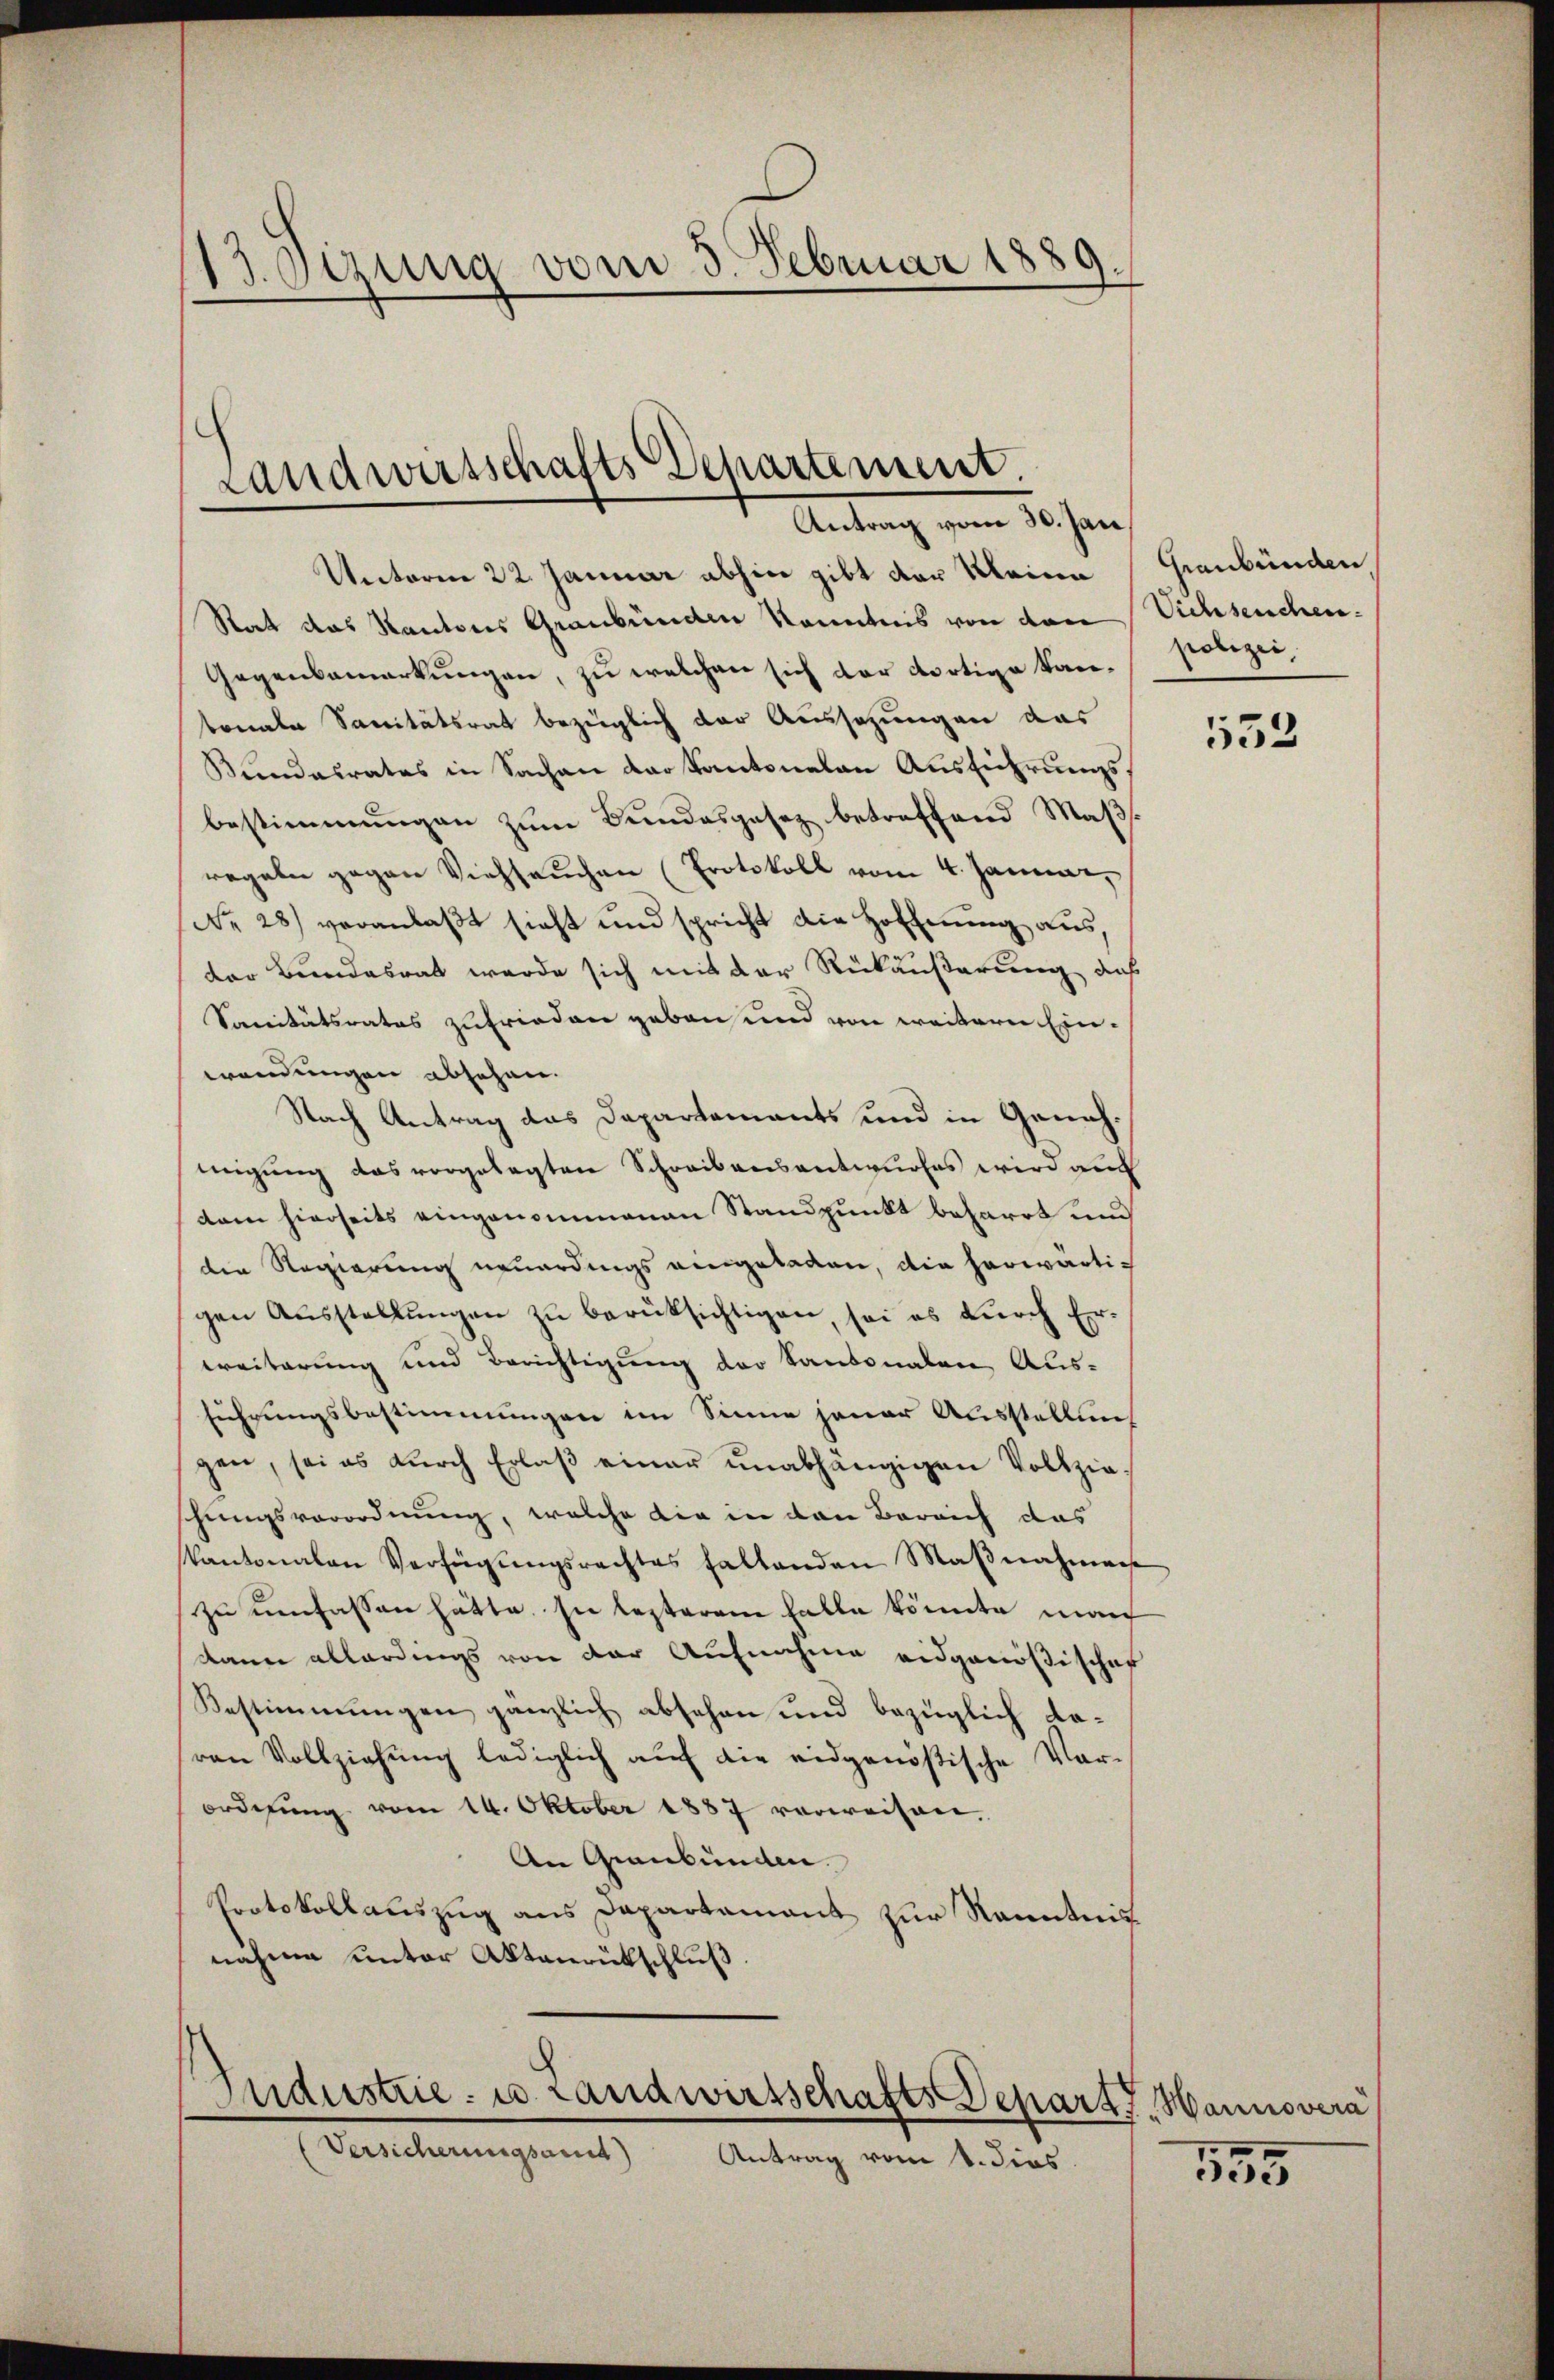
1.Otzung vom 3. Februar 1889.

Landwirtschafts Departement.
Antung vom 20sten,

Unterm 22. Januar abhin gibt der Kleine Graubünden
Rat das Kantons Graubünden Kenntnis von den Viehseuchen¬
Gegenbemerkungen, zu welchen sich der dortige Kantonale Sanitätsrat bezüglich der Aussezungen das
Bundesrates in Sachen der Kantonalen Ausführungsbestimmungen zŭm Bŭndesgesetz betreffend Maßregeln gegen Viehseuchen (Protokoll vom 4. Januar,
(No 28) veranlaßt sieht und spricht die Hoffnung aus,
der Bundesrat werde sich mit der Rückäußerung das
Sanitätsrates zufrieden geben und von weiterer Einwendungen absehen.
Nach Antrag das Dapartements und in Genehmigung das vorgelegten Schreibensantwurfes wird auch
dem hierseits eingenommenen Standpunkt beharrt und
die Regierung neuerdings eingeladen, die herwärtigen Ausstellungen zu berüksichtigen, sei es durch Erwreiterung und Berichtigung der Santonalen Aus-
führungsbestimmungen im Sinne jener Ausstellung
gen, sei es dŭrch Erlaβ einer unabhängigen Vollzie-
schungsverordnung, welche die in den Bereich das
Kantonalen Verfügŭngsrechtes haltenden Maβnahmen
zu umfassen hätte. In lezterene Falle könnte man
kann allerdings von der Aufnahme eidgenößischer
Bestimmungen gänzlich absehen und bezüglich daven Vollziehung lediglich auf die eidgenößische Vor-
ordnung vom 14. Oktober 1887 verweisen,
An Graubünden.
Protokollauszug aus Dapartament zur Kenntnis
nähme unter Aktenrütschluß.

Inderstrie- u. Landwirtschafts Deparat, Hannovera

Versicherungsamt Antrag vom 1. dies

polizei,

552

555